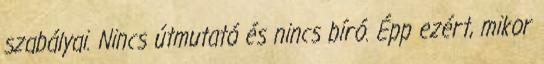
szabályai. Nincs útmutató és nincs bíró. Épp ezért, mikor